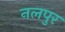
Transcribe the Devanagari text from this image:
नलपुर